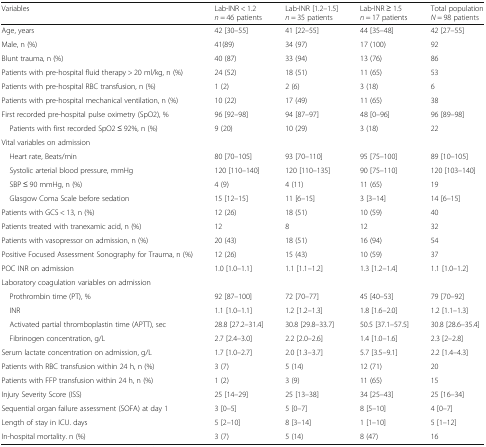
<table><thead><tr><td><b>Variables</b></td><td><b>Lab-INR &lt; 1.2<i>n</i> = 46 patients</b></td><td><b>Lab-INR [1.2–1.5]<i>n</i> = 35 patients</b></td><td><b>Lab-INR ≥ 1.5<i>n</i> = 17 patients</b></td><td><b>Total population<i>N</i> = 98 patients</b></td></tr></thead><tbody><tr><td>Age, years</td><td>42 [30–55]</td><td>41 [22–55]</td><td>44 [35–48]</td><td>42 [27–55]</td></tr><tr><td>Male, n (%)</td><td>41(89)</td><td>34 (97)</td><td>17 (100)</td><td>92</td></tr><tr><td>Blunt trauma, n (%)</td><td>40 (87)</td><td>33 (94)</td><td>13 (76)</td><td>86</td></tr><tr><td>Patients with pre-hospital fluid therapy &gt; 20 ml/kg, n (%)</td><td>24 (52)</td><td>18 (51)</td><td>11 (65)</td><td>53</td></tr><tr><td>Patients with pre-hospital RBC transfusion, n (%)</td><td>1 (2)</td><td>2 (6)</td><td>3 (18)</td><td>6</td></tr><tr><td>Patients with pre-hospital mechanical ventilation, n (%)</td><td>10 (22)</td><td>17 (49)</td><td>11 (65)</td><td>38</td></tr><tr><td>First recorded pre-hospital pulse oximetry (SpO2), %</td><td>96 [92–98]</td><td>94 [87–97]</td><td>48 [0–96]</td><td>96 [89–98]</td></tr><tr><td> Patients with first recorded SpO2 ≤ 92%, n (%)</td><td>9 (20)</td><td>10 (29)</td><td>3 (18)</td><td>22</td></tr><tr><td colspan="5">Vital variables on admission</td></tr><tr><td> Heart rate, Beats/min</td><td>80 [70–105]</td><td>93 [70–110]</td><td>95 [75–100]</td><td>89 [10–105]</td></tr><tr><td> Systolic arterial blood pressure, mmHg</td><td>120 [110–140]</td><td>120 [110–135]</td><td>90 [75–110]</td><td>120 [103–140]</td></tr><tr><td> SBP ≤ 90 mmHg, n (%)</td><td>4 (9)</td><td>4 (11)</td><td>11 (65)</td><td>19</td></tr><tr><td> Glasgow Coma Scale before sedation</td><td>15 [12–15]</td><td>11 [6–15]</td><td>3 [3–14]</td><td>14 [6–15]</td></tr><tr><td>Patients with GCS &lt; 13, n (%)</td><td>12 (26)</td><td>18 (51)</td><td>10 (59)</td><td>40</td></tr><tr><td>Patients treated with tranexamic acid, n (%)</td><td>12</td><td>8</td><td>12</td><td>32</td></tr><tr><td>Patients with vasopressor on admission, n (%)</td><td>20 (43)</td><td>18 (51)</td><td>16 (94)</td><td>54</td></tr><tr><td>Positive Focused Assessment Sonography for Trauma, n (%)</td><td>12 (26)</td><td>15 (43)</td><td>10 (59)</td><td>37</td></tr><tr><td>POC INR on admission</td><td>1.0 [1.0–1.1]</td><td>1.1 [1.1–1.2]</td><td>1.3 [1.2–1.4]</td><td>1.1 [1.0–1.2]</td></tr><tr><td colspan="5">Laboratory coagulation variables on admission</td></tr><tr><td> Prothrombin time (PT), %</td><td>92 [87–100]</td><td>72 [70–77]</td><td>45 [40–53]</td><td>79 [70–92]</td></tr><tr><td> INR</td><td>1.1 [1.0–1.1]</td><td>1.2 [1.2–1.3]</td><td>1.8 [1.6–2.0]</td><td>1.2 [1.1–1.3]</td></tr><tr><td> Activated partial thromboplastin time (APTT), sec</td><td>28.8 [27.2–31.4]</td><td>30.8 [29.8–33.7]</td><td>50.5 [37.1–57.5]</td><td>30.8 [28.6–35.4]</td></tr><tr><td> Fibrinogen concentration, g/L</td><td>2.7 [2.4–3.0]</td><td>2.2 [2.0–2.6]</td><td>1.4 [1.0–1.6]</td><td>2.3 [2–2.8]</td></tr><tr><td>Serum lactate concentration on admission, g/L</td><td>1.7 [1.0–2.7]</td><td>2.0 [1.3–3.7]</td><td>5.7 [3.5–9.1]</td><td>2.2 [1.4–4.3]</td></tr><tr><td>Patients with RBC transfusion within 24 h, n (%)</td><td>3 (7)</td><td>5 (14)</td><td>12 (71)</td><td>20</td></tr><tr><td>Patients with FFP transfusion within 24 h, n (%)</td><td>1 (2)</td><td>3 (9)</td><td>11 (65)</td><td>15</td></tr><tr><td>Injury Severity Score (ISS)</td><td>25 [14–29]</td><td>25 [13–38]</td><td>34 [25–43]</td><td>25 [16–34]</td></tr><tr><td>Sequential organ failure assessment (SOFA) at day 1</td><td>3 [0–5]</td><td>5 [0–7]</td><td>8 [5–10]</td><td>4 [0–7]</td></tr><tr><td>Length of stay in ICU. days</td><td>5 [2–10]</td><td>8 [3–14]</td><td>1 [1–10]</td><td>5 [1–12]</td></tr><tr><td>In-hospital mortality. n (%)</td><td>3 (7)</td><td>5 (14)</td><td>8 (47)</td><td>16</td></tr></tbody></table>